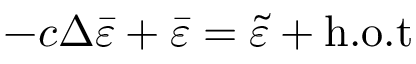
- c \Delta \bar { \varepsilon } + \bar { \varepsilon } = \widetilde { \varepsilon } + \mathrm { h . o . t }